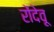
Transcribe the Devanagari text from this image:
रोंदेवू